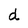
Character: d